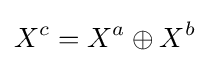
X^{c}=X^{a}\oplus X^{b}